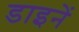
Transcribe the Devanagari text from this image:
डाइनें